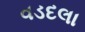
વડદલા